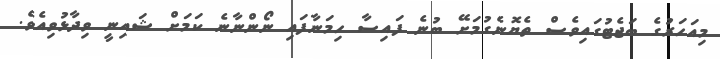
މިއަހަރުގެ ބަޖެޓުގައިވެސް ތެޔޮނެގުމަށޭ ބުނެ ފައިސާ ހިމަނާފައި ނޯންނާނެ ކަމަށް ޝައިނީ ވިދާޅުވިއެވެ.